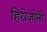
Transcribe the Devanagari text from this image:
हिरोजीनी